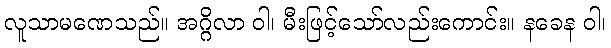
လူသာမဏေသည်။ အဂ္ဂိလာ ဝါ၊ မီးဖြင့်သော်လည်းကောင်း။ နခေန ဝါ၊